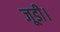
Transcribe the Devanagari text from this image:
जूडी।